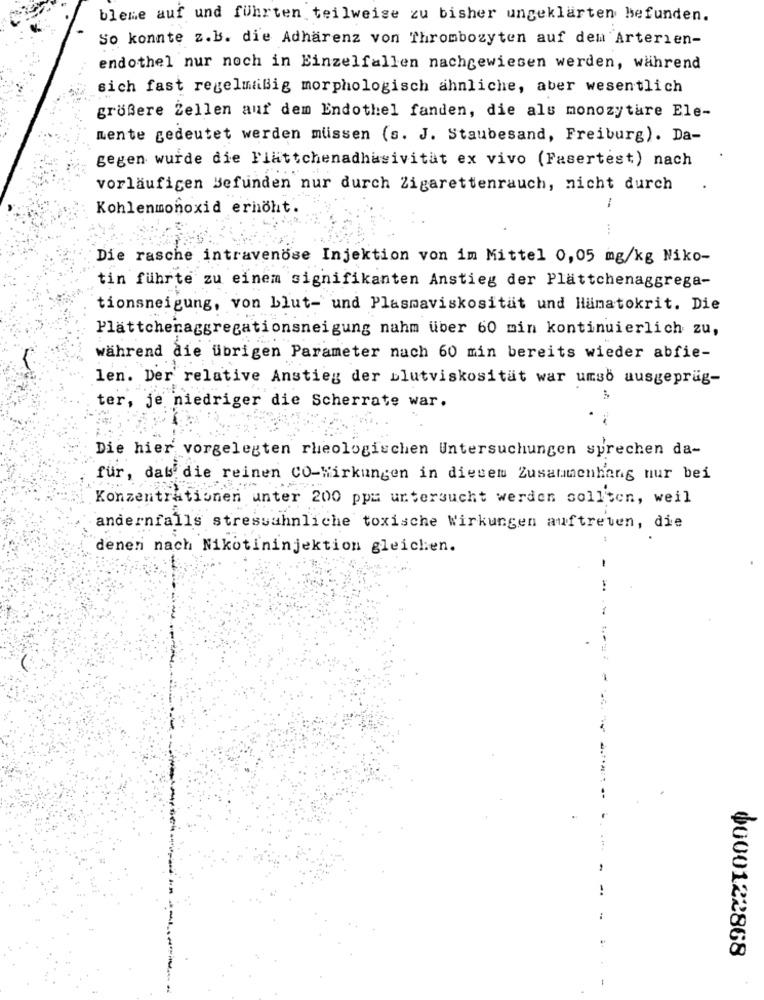
bleme auf und führten teilweise zu bisher ungeklärten befunden.
So konnte z.b. die Adharenz von Thrombozyten auf dem Arterien-
endothel nur noch in Einzelfallen nachgewiesen werden, während
sich fast regelmäßig morphologisch ähnliche, aber wesentlich
größere Zellen auf dem Endothel fanden, die als monozytare Ele-
mente gedeutet werden müssen (s. J. Staubesand, Freiburg). Da-
gegen wurde die Flattchenadhasivitat ex vivo (Fasertest) nach
vorläufigen Befunden nur durch Zigarettenrauch, nicht durch
-
Kohlenmonoxid erhöht.
Die rasche intravenöse Injektion von im Mittel 0,05 mg/kg Niko-
tin führte zu einem signifikanten Anstieg der Plättchenaggrega-
tionsneigung, von blut- und Plasmaviskosität und Hämatokrit. Die
Plättchenaggregationsneigung nahm über 60 min kontinuierlich zu,
während die übrigen Parameter nach 60 min bereits wieder abfie-
len. Der relative Anstieg der blutviskosität war umso ausgepräg-
ter, je niedriger die Scherrate war.
Die hier vorgelegten rheologischen Untersuchungen sprechen da-
für, daß die reinen CO-Wirkungen in diesem Zusammenhang nur bei
Konzentrationen unter 200 ppa untersucht werden sollten, weil
andernfalls stressahnliche toxische Wirkungen auftreten, die
denen nach Nikotininjektion gleichen.
-
0000122868